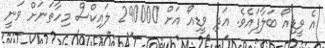
އެ ވީޑިއޯ ބަލާފައެވެ. އަދި ވީޑިއޯ އަށް 290000 ލައިކްސް މިހާތަނަށް ވަނީ